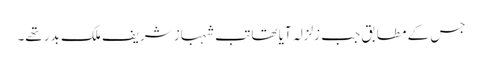
جس کے مطابق جب زلزلہ آیا تھا تب شہباز شریف ملک بدر تھے۔